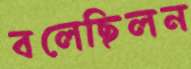
বলেছিলন